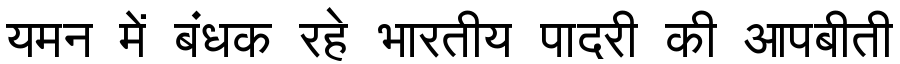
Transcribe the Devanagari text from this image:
यमन में बंधक रहे भारतीय पादरी की आपबीती